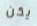
يكن